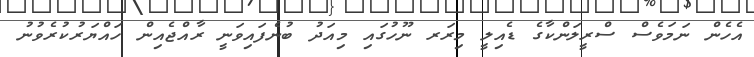
އެހެން ނަމަވެސް ސްރީލަންކާގެ ޑެއިލީ މިރަރ ނޫހުގައި މިއަދު ބުނެފައިވަނީ ރާއްޖެއިން ހައްޔަރުކުރެވުނު